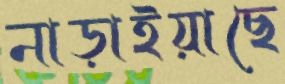
নাড়াইয়াছে